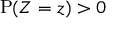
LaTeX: \mathrm { P } ( Z = z ) > 0